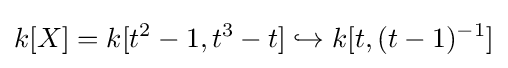
k[X]=k[t^{2}-1,t^{3}-t]\hookrightarrow k[t,(t-1)^{-1}]